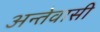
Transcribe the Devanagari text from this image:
अन्तेवासी